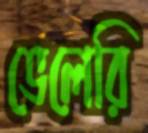
ভেলেরি